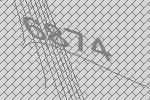
6874